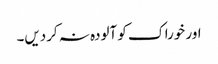
اور خوراک کو آلودہ نہ کردیں۔